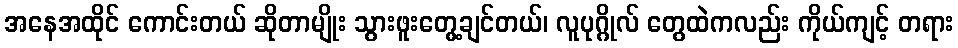
အနေအထိုင် ကောင်းတယ် ဆိုတာမျိုး သွားဖူးတွေ့ချင်တယ်၊ လူပုဂ္ဂိုလ် တွေထဲကလည်း ကိုယ်ကျင့် တရား